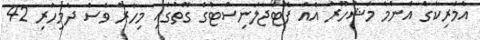
އެމެރިކާގެ އެންމެ މަޝްހޫރު އެއް ފޮޓޯޖާލަނިސްޓްގެ ގޮތުގައި މިހާރު ވެސް ދެމިހުރި 42